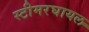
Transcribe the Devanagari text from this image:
स्टीमरघायल